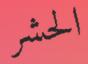
الحشر